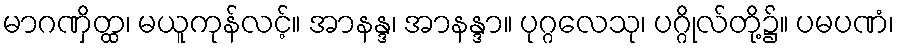
မာဂဏှိတ္ထ၊ မယူကုန်လင့်။ အာနန္ဒ၊ အာနန္ဒာ။ ပုဂ္ဂလေသု၊ ပဂ္ဂိုလ်တို့၌။ ပမပဏံ၊